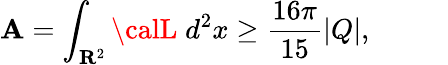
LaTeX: \mathbf{A}=\int_{{\mathbf{R}}^{2}}{\calL}\; d^{2}x\geq\frac{{16\pi}}{{15}}|Q|,\; \; \; \; \; \; \; \; \; \;